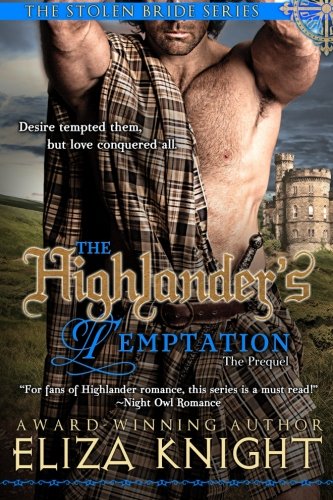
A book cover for The Highlander's Temptation (The Stolen Bride Series) (Volume 7); Eliza Knight; Romance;